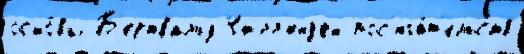
осно́вы Б'ертвальд Чилл'енд'ен пос'яга́т'ельств